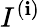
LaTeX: I^{(\mathbf{i})}